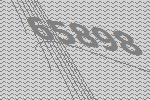
65898